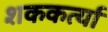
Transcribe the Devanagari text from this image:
शककर्त्या